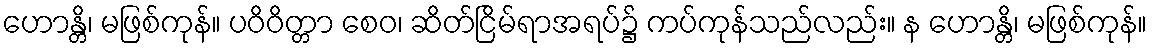
ဟောန္တိ၊ မဖြစ်ကုန်။ ပဝိဝိတ္တာ စေဝ၊ ဆိတ်ငြိမ်ရာအရပ်၌ ကပ်ကုန်သည်လည်း။ န ဟောန္တိ၊ မဖြစ်ကုန်။